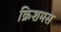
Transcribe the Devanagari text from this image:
क्रिशमस